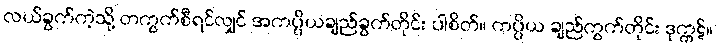
လယ်ခွက်ကဲ့သို့ တကွက်စီရင်လျှင် အကပ္ပိယချည်ခွက်တိုင်း ပါစိတ်။ ကပ္ပိယ ချည်ကွက်တိုင်း ဒုက္ကဋ်။